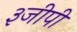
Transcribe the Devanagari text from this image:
३जीपी